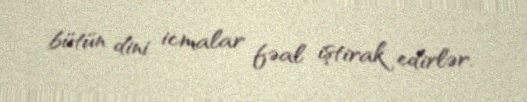
bütün dini icmalar fəal iştirak edirlər.